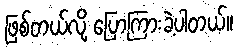
ဖြစ်တယ်လို့ ပြောကြားခဲ့ပါတယ်။